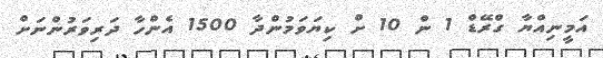
އަމީނިއްޔާ ގްރޭޑް 1 ން 10 ށް ކިޔަވަމުންދާ 1500 އެންހާ ދަރިވަރުންނަށް